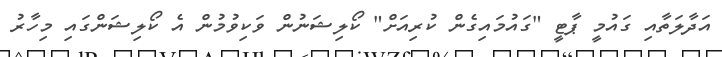
އަދާލަތާއި ގައުމީ ޕާޓީ "ގައުމައިގެން ކުރިއަށް" ކޯލިޝަނުން ވަކިވުމުން އެ ކޯލިޝަންގައި މިހާރު